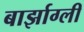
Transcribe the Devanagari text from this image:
बार्झाग्ली